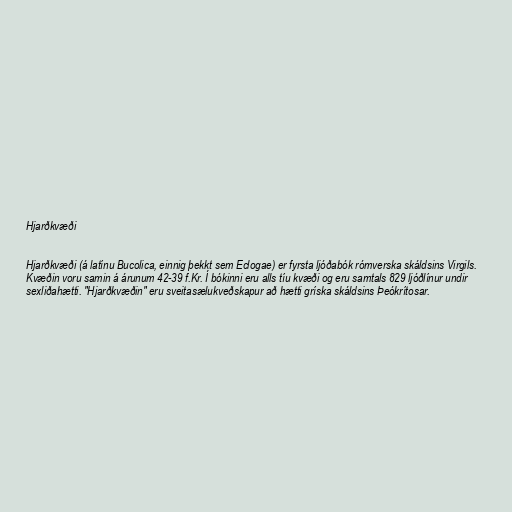
Hjarðkvæði

Hjarðkvæði (á latínu Bucolica, einnig þekkt sem Eclogae) er fyrsta ljóðabók rómverska skáldsins Virgils.
Kvæðin voru samin á árunum 42-39 f.Kr. Í bókinni eru alls tíu kvæði og eru samtals 829 ljóðlínur undir
sexliðahætti. "Hjarðkvæðin" eru sveitasælukveðskapur að hætti gríska skáldsins Þeókrítosar.